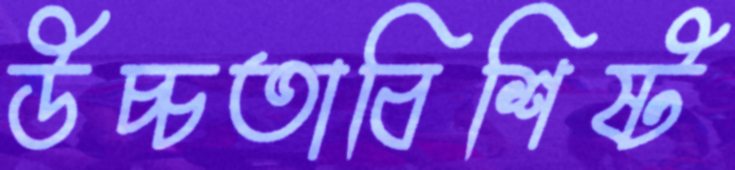
উচ্চতাবিশিষ্ট